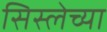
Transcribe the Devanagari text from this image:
सिस्लेच्या